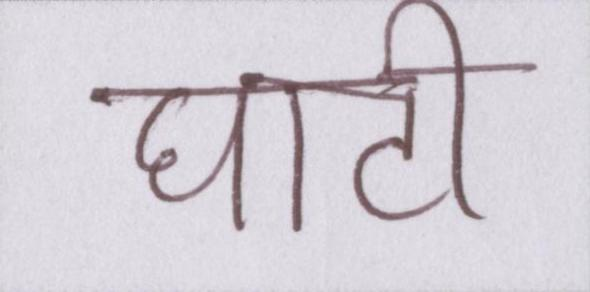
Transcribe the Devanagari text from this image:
घाटी